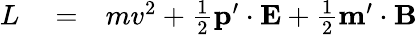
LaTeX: \begin{array}{rlr}{L}&{{}=}&{mv^{2}+\frac{1}{2}\mathbf p^{\prime}\cdot\mathbf E+\frac{1}{2}\mathbf m^{\prime}\cdot\mathbf B}\end{array}